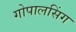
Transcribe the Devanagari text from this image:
गोपालसिंग